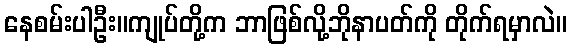
နေစမ်းပါဦး။ကျုပ်တို့က ဘာဖြစ်လို့ဘိုနာပတ်ကို တိုက်ရမှာလဲ။